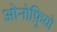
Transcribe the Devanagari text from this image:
ओनोफ़्रियो